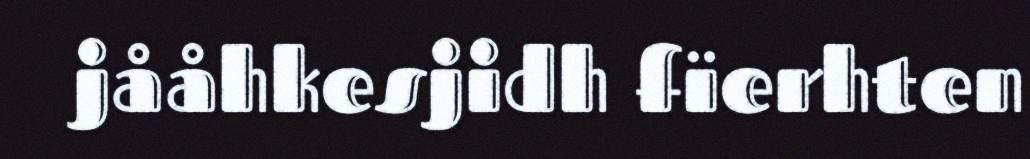
jååhkesjidh fïerhten